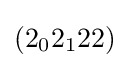
(2_{0}2_{1}22)